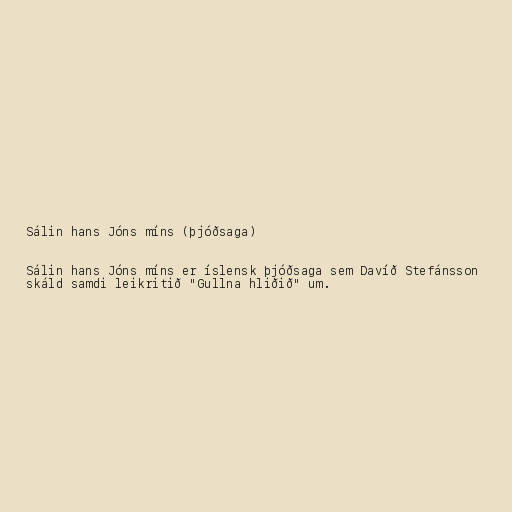
Sálin hans Jóns míns (þjóðsaga)

Sálin hans Jóns míns er íslensk þjóðsaga sem Davíð Stefánsson
skáld samdi leikritið "Gullna hliðið" um.